Leaving Certificate Examination, 1919
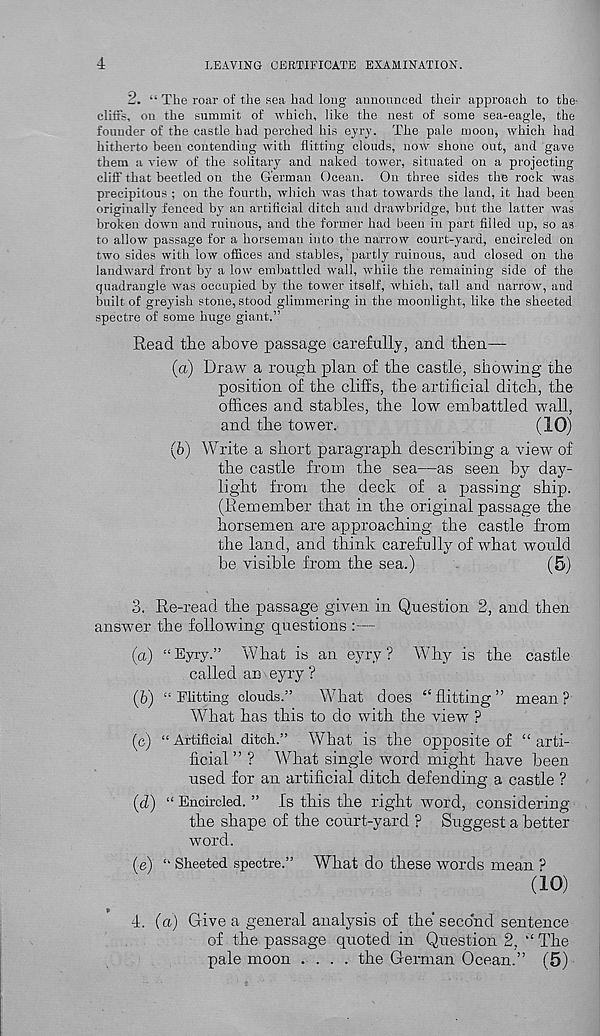
4
LEAVING CERTIFICATE EXAMINATION.
2. “ The roar of the sea had long announced their approach to the-
clifis, on the summit of which, like the nest of some sea-eagle, the
founder of the castle had perched his eyry. The pale moon, which had
hitherto been contending with flitting clouds, now shone out, and gave
them a view of the solitary and naked tower, situated on a projecting
cliff that beetled on the German Ocean. On three sides the rock was
precipitous ; on the fourth, which was that towards the land, it had been
originally fenced by an artificial ditch and drawbridge, but the latter was
broken down and ruinous, and the former had been in part filled up, so as
to allow passage for a horseman into the narrow court-yard, encircled on
two sides with low offices and stables, partly ruinous, and closed on the
landward front by a low embattled wall, while the remaining side of the
quadrangle was occupied by the tower itself, which, tall and narrow, and
built of greyish stone, stood glimmering in the moonlight, like the sheeted
spectre of some huge giant.”
Read the above passage carefully, and then—
(a) Draw a rough plan of the castle, showing the
position of the cliffs, the artificial ditch, the
offices and stables, the low embattled wall,
and the tower.
(10)
(5) Write a short paragraph describing a view of
the castle from the sea—as seen by day-
light from the deck of a passing ship.
(Remember that in the original passage the
horsemen are approaching the castle from
the land, and think carefully of what would
be visible from the sea.)
(5)
3. Re-read the passage given in Question 2, and then
answer the following questions :—
(a) “Eyry.” What is an eyry ? Why is the castle
called an eyry ?
(b) “Flitting clouds.”
What does “flitting” mean?
What has this to do with the view ?
(c) “ Artificial ditch.” What is the opposite of “ arti-
ficial ” ? What single word might have been
used for an artificial ditch defending a castle ?
(d) “ Encircled. ” Is this the right word, considering
the shape of the court-yard ? Suggest a better
word.
(e) “ Sheeted spectre.” What do these words mean ?
(10)
4. (a) Give a general analysis of the second sentence
of the passage quoted in Question 2, “ The
pale moon .... the German Ocean.” (5)